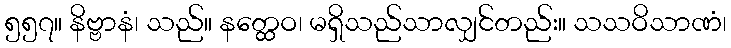
၅၅၇။ နိဗ္ဗာနံ၊ သည်။ နတ္ထေဝ၊ မရှိသည်သာလျှင်တည်း။ သသဝိသာဏံ၊